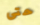
حتى